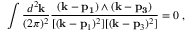
\int \frac { d ^ { 2 } { \bf k } } { ( 2 \pi ) ^ { 2 } } \frac { ( { \bf k - p _ { 1 } } ) \wedge ( { \bf k - p _ { 3 } } ) } { [ ( { \bf k } - { \bf p } _ { 1 } ) ^ { 2 } ] [ ( { \bf k } - { \bf p } _ { 3 } ) ^ { 2 } ] } = 0 \; ,